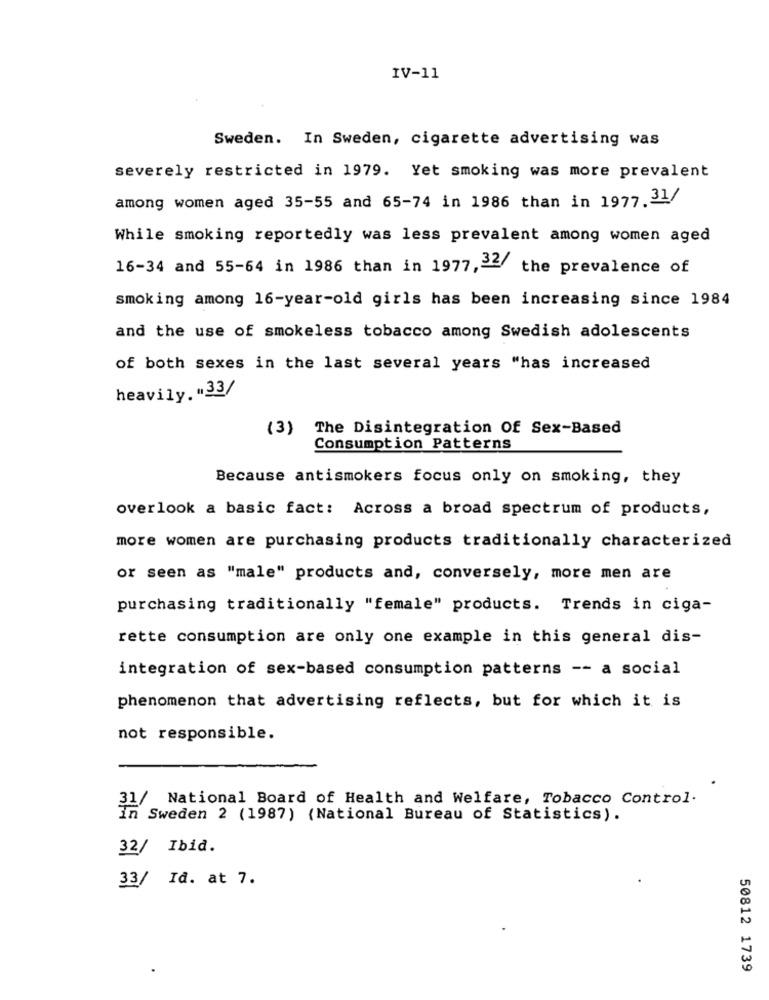
IV-11
Sweden. In Sweden, cigarette advertising was
severely restricted in 1979. Yet smoking was more prevalent
among women aged 35-55 and 65-74 in 1986 than in 1977.31/
While smoking reportedly was less prevalent among women aged
16-34 and 55-64 in 1986 than in 1977,32/ the prevalence of
smoking among 16-year-old girls has been increasing since 1984
and the use of smokeless tobacco among Swedish adolescents
of both sexes in the last several years "has increased
heavily .. 33/
(3) The Disintegration Of Sex-Based
Consumption Patterns
Because antismokers focus only on smoking, they
overlook a basic fact: Across a broad spectrum of products,
more women are purchasing products traditionally characterized
or seen as "male" products and, conversely, more men are
purchasing traditionally "female" products. Trends in ciga-
rette consumption are only one example in this general dis-
integration of sex-based consumption patterns -- a social
phenomenon that advertising reflects, but for which it is
not responsible.
31/ National Board of Health and Welfare, Tobacco Control.
In Sweden 2 (1987) (National Bureau of Statistics).
32/ Ibid.
33/ Id. at 7.
50812 1739